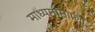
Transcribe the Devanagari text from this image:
माध्यमांमार्फत